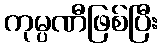
ကုမ္ပဏီဖြစ်ပြီး